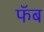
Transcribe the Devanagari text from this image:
फॅब